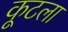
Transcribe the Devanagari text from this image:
कूटला